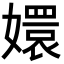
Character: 嬛